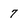
Character: 7